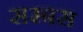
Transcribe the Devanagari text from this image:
सरबस